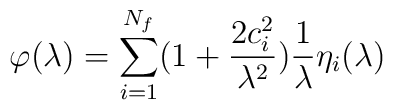
\varphi (\lambda )=\sum_{i=1}^{N_f}(1+\frac{2c_i^2}{\lambda ^2})\frac1\lambda \eta _i(\lambda )